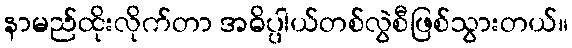
နာမည်ထိုးလိုက်တာ အဓိပ္ပါယ်တစ်လွဲစီဖြစ်သွားတယ်။